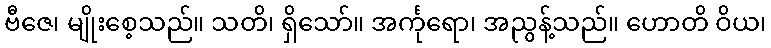
ဗီဇေ၊ မျိုးစေ့သည်။ သတိ၊ ရှိသော်။ အင်္ကုရော၊ အညွန့်သည်။ ဟောတိ ဝိယ၊